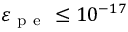
\varepsilon _ { \mathrm { ~ p ~ e ~ } } \leq 1 0 ^ { - 1 7 }